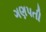
ગણપતી